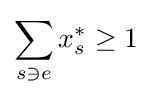
\sum _{s\ni e}x_{s}^{*}\geq 1